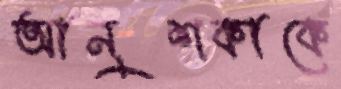
আনুশকাকে